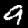
Digit: 9